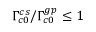
\Gamma _ { c 0 } ^ { c s } / \Gamma _ { c 0 } ^ { g p } \le 1